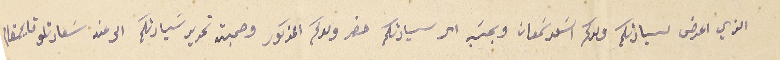
الذي اعرض لسيادتكم ولدكم اسَعد سَمعان وبحسَب امر سيادتكم حضر ولدكم المذكور وحجته تحرير سَيادتكم الى عند سَعادتلو قايمقام